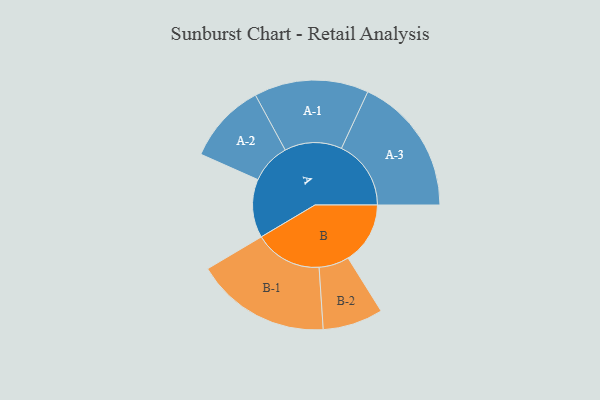
{"axis": {"x": "Segment", "y": "Value"}, "legend": ["", "A", "B"], "data": [{"x": "A", "y": 227, "type": ""}, {"x": "B", "y": 241, "type": ""}, {"x": "A-1", "y": 222, "type": "A"}, {"x": "A-2", "y": 156, "type": "A"}, {"x": "A-3", "y": 270, "type": "A"}, {"x": "B-1", "y": 262, "type": "B"}, {"x": "B-2", "y": 117, "type": "B"}]}